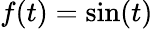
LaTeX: f(t)=\sin(t)